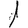
Digit: 1